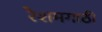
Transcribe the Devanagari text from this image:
रेशमगाठी